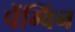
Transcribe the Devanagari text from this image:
पेंग्विंन